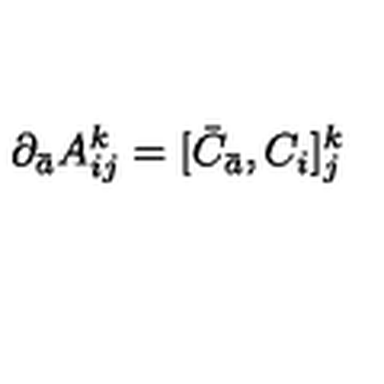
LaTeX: \partial _ { \bar { a } } A _ { i j } ^ { k } = [ { \bar { C } } _ { \bar { a } } , C _ { i } ] _ { j } ^ { k }